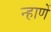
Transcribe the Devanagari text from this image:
न्हाणें